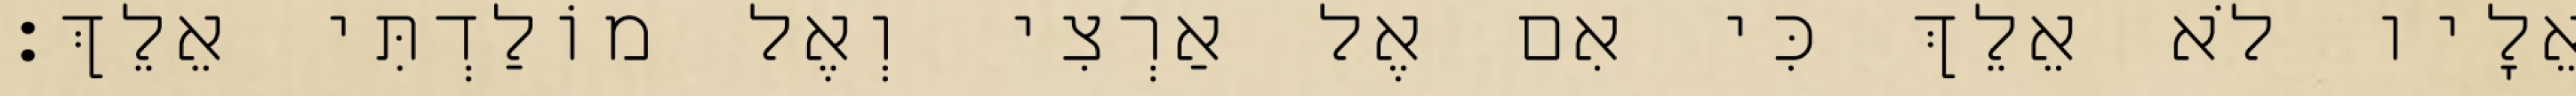
אֵלָיו לֹא אֵלֵךְ כִּי אִם אֶל אַרְצִי וְאֶל מוֹלַדְתִּי אֵלֵךְ׃